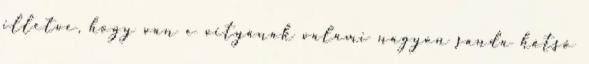
illetve, hogy van e vityának valami nagyon sanda hátsó